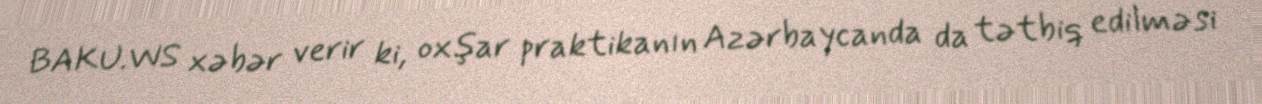
BAKU.WS xəbər verir ki, oxşar praktikanın Azərbaycanda da tətbiq edilməsi